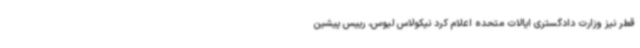
قطر نیز وزارت دادگستری ایالات متحده اعلام کرد نیکولاس لیوس، رییس پیشین